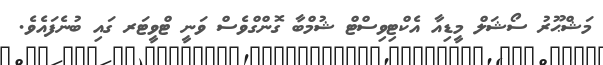
މަޝްޙޫރު ސޯޝަލް މީޑިއާ އެކްޓިވިސްޓް ޝުމްބާ ގޮންގްވެސް ވަނީ ޓްވީޓަރ ގައި ބުނެފައެވެ.